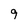
Character: 9